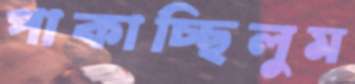
পাকাচ্ছিলুম